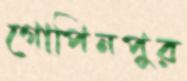
গোপিনপুর